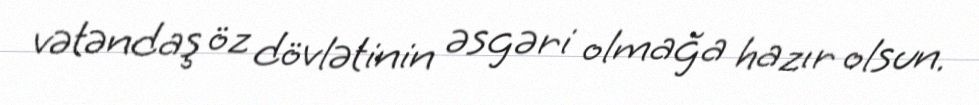
vətəndaş öz dövlətinin əsgəri olmağa hazır olsun.